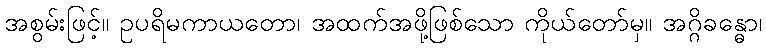
အစွမ်းဖြင့်။ ဥပရိမကာယတော၊ အထက်အဖို့ဖြစ်သော ကိုယ်တော်မှ။ အဂ္ဂိခန္ဓော၊